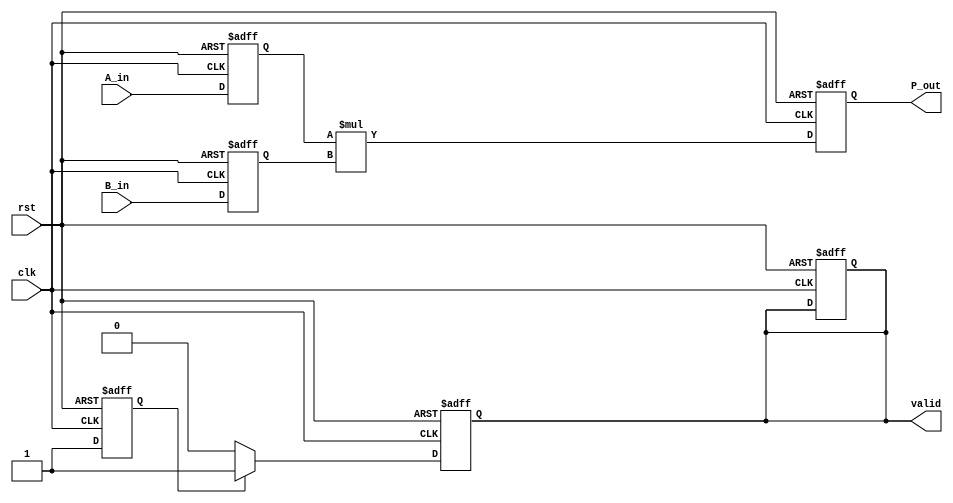
module streaming_multiplier #(
    parameter DATA_WIDTH_A = 16, // Width of A_in
    parameter DATA_WIDTH_B = 16, // Width of B_in
    parameter DATA_WIDTH_P = 32  // Width of P_out
) (
    input wire clk,              // Clock
    input wire rst,              // Asynchronous reset
    input wire [DATA_WIDTH_A-1:0] A_in, // Input stream A
    input wire [DATA_WIDTH_B-1:0] B_in, // Input stream B
    output reg [DATA_WIDTH_P-1:0] P_out, // Output product stream
    output reg valid             // Valid signal for output data
);

    // Internal signals
    reg [DATA_WIDTH_A-1:0] A_buffer; // Buffer for A_in
    reg [DATA_WIDTH_B-1:0] B_buffer; // Buffer for B_in

    // State to determine valid output
    reg calc_done;

    // Sequential logic for input buffering and multiplication
    always @(posedge clk or posedge rst) begin
        if (rst) begin
            // Reset all registers
            A_buffer <= 0;
            B_buffer <= 0;
            P_out <= 0;
            valid <= 0;
            calc_done <= 0;
        end else begin
            // Buffer the inputs
            A_buffer <= A_in;
            B_buffer <= B_in;

            // Perform multiplication
            P_out <= A_buffer * B_buffer;

            // Indicate when the multiplication is done and valid
            calc_done <= 1;
        end
    end

    // Sequential logic for valid signal output
    always @(posedge clk or posedge rst) begin
        if (rst) begin
            valid <= 0;
        end else begin
            if (calc_done) begin
                valid <= 1; // Output is now valid
            end else begin
                valid <= 0; // Output not valid
            end
        end
    end
    
endmodule